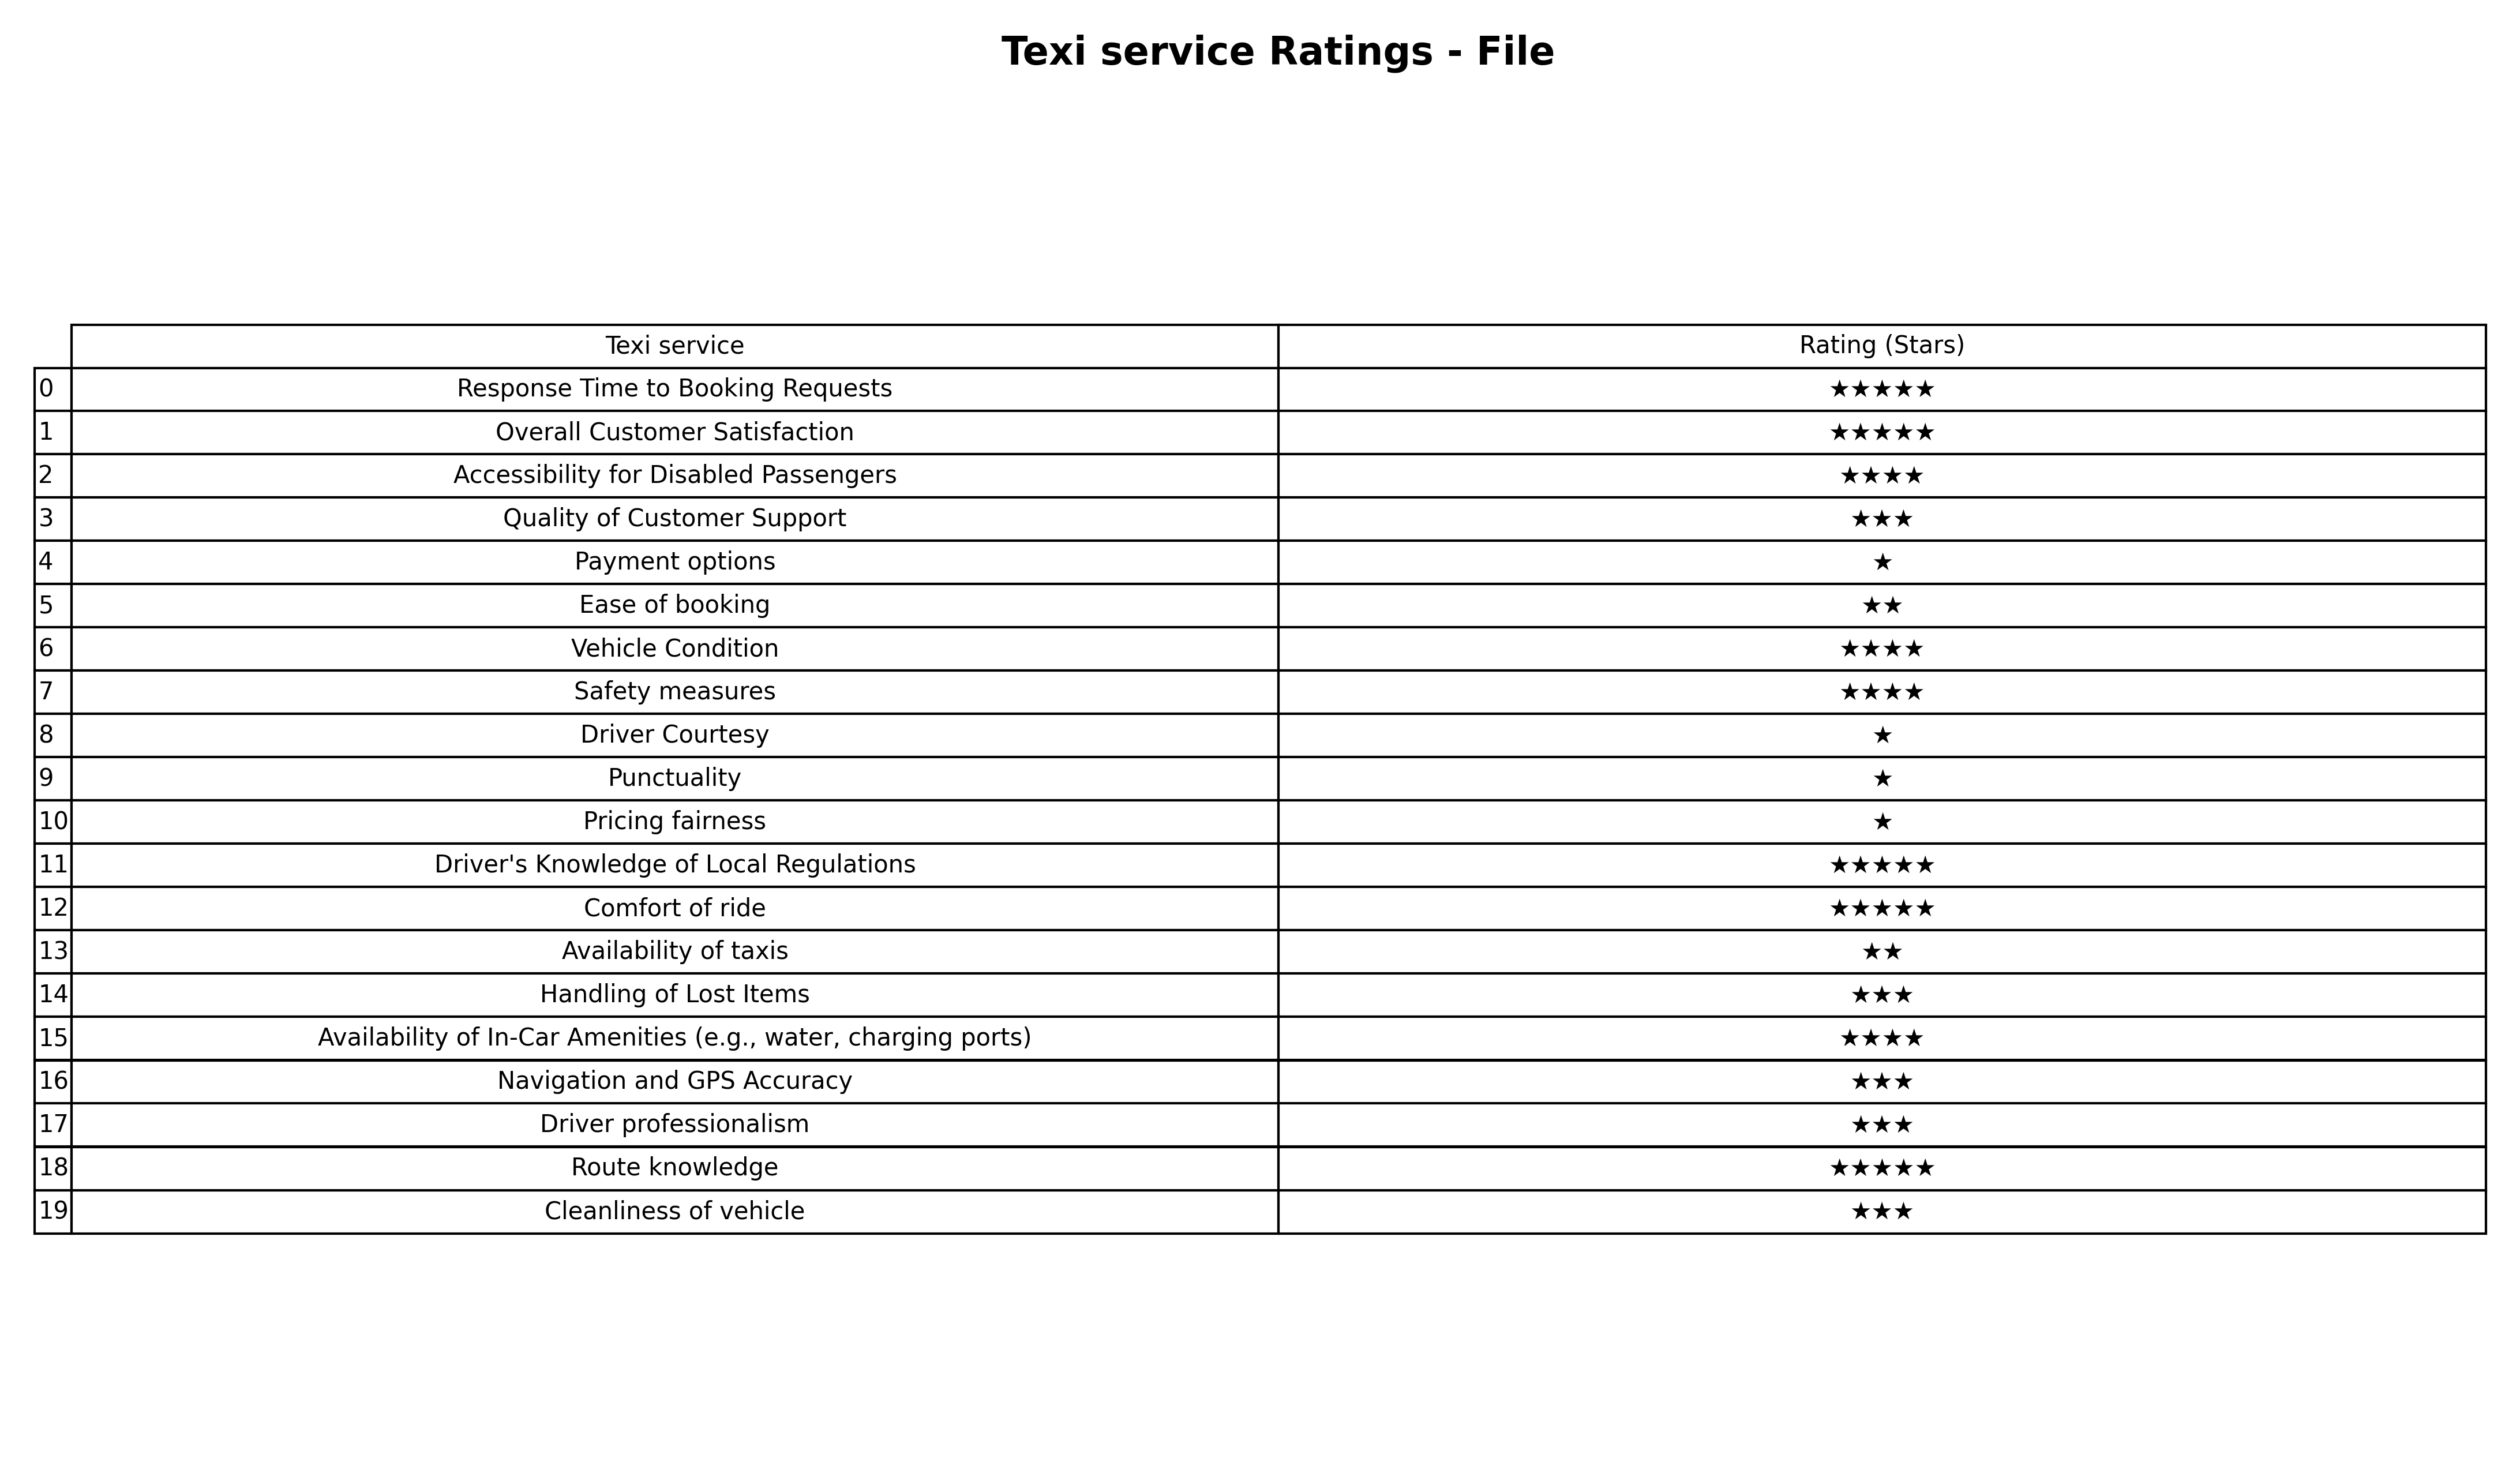
question: What are highest rating services?
answer: Response Time to Booking RequestsOverall Customer SatisfactionDriver's Knowledge of Local RegulationsComfort of rideRoute knowledge